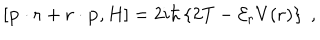
\left[ { \bf p } \cdot { \bf r } + { \bf r } \cdot { \bf p } , H \right] = 2 i \hbar \left\{ 2 T - { \mathcal E } _ { \bf r } V ( { \bf r } ) \right\} \; ,